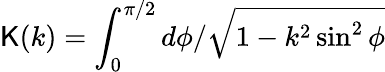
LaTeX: \mathsf{K}(k)=\int_{0}^{\pi/2}d\phi/\sqrt{1-k^{2}\sin^{2}\phi}